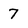
Character: 7